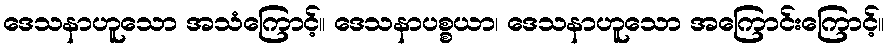
ဒေသနာဟူသော အသံကြောင့်။ ဒေသနာပစ္စယာ၊ ဒေသနာဟူသော အကြောင်းကြောင့်။